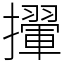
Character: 㩣